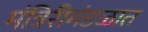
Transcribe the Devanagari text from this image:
मंत्रिरीमंडळात